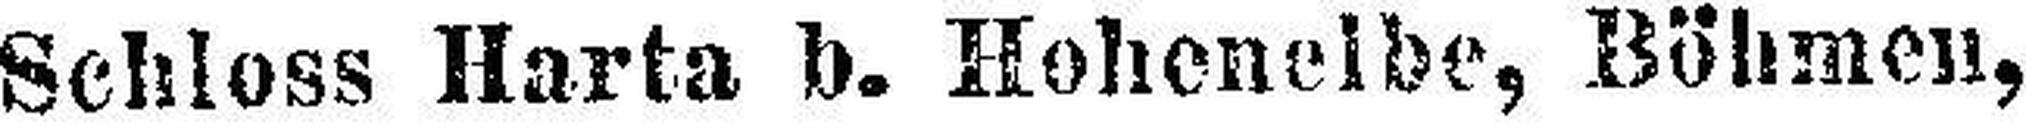
Schloss Harta b. Hohenelbe, Böhmen,